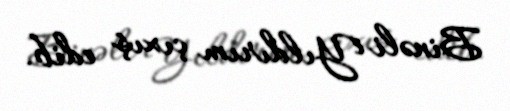
Binəli Yıldırım çıxış edib.